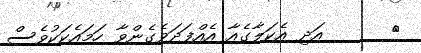
٤      އަދި އެކަލާގެއާ އެއްފަދަވެގެންވާ ހަމައެކަކުވެސް